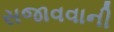
સજાવવાની